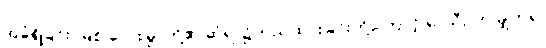
အခံရှိခြင်း၊ မြစ် လေးမြွာတို့၏ ဆုံရာ၌တည်ထားခြင်းတို့ကြောင့် ရာသီဥတု မျှတ၍